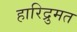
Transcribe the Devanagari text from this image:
हारिद्रुमत